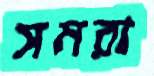
সমরা